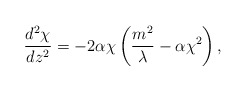
\begin{align*}\frac{d^2\chi}{dz^2}=-2\alpha\chi\left(\frac{m^2}{\lambda}-\alpha\chi^2\right),\end{align*}